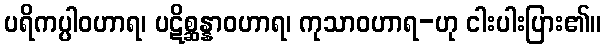
ပရိကပ္ပါဝဟာရ၊ ပဋိစ္ဆန္နာဝဟာရ၊ ကုသာဝဟာရ-ဟု ငါးပါးပြား၏။